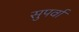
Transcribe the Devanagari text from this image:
सुपर्वा